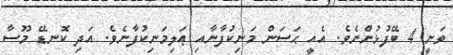
ވަނީ 4 ބޭފުޅުންނެވެ. އެއީ ޙަސަން މަނިކުފާނާއި ޢަލިމަނިކުފާނެވެ. އަދި ކޮނޑޭ މޫސާ